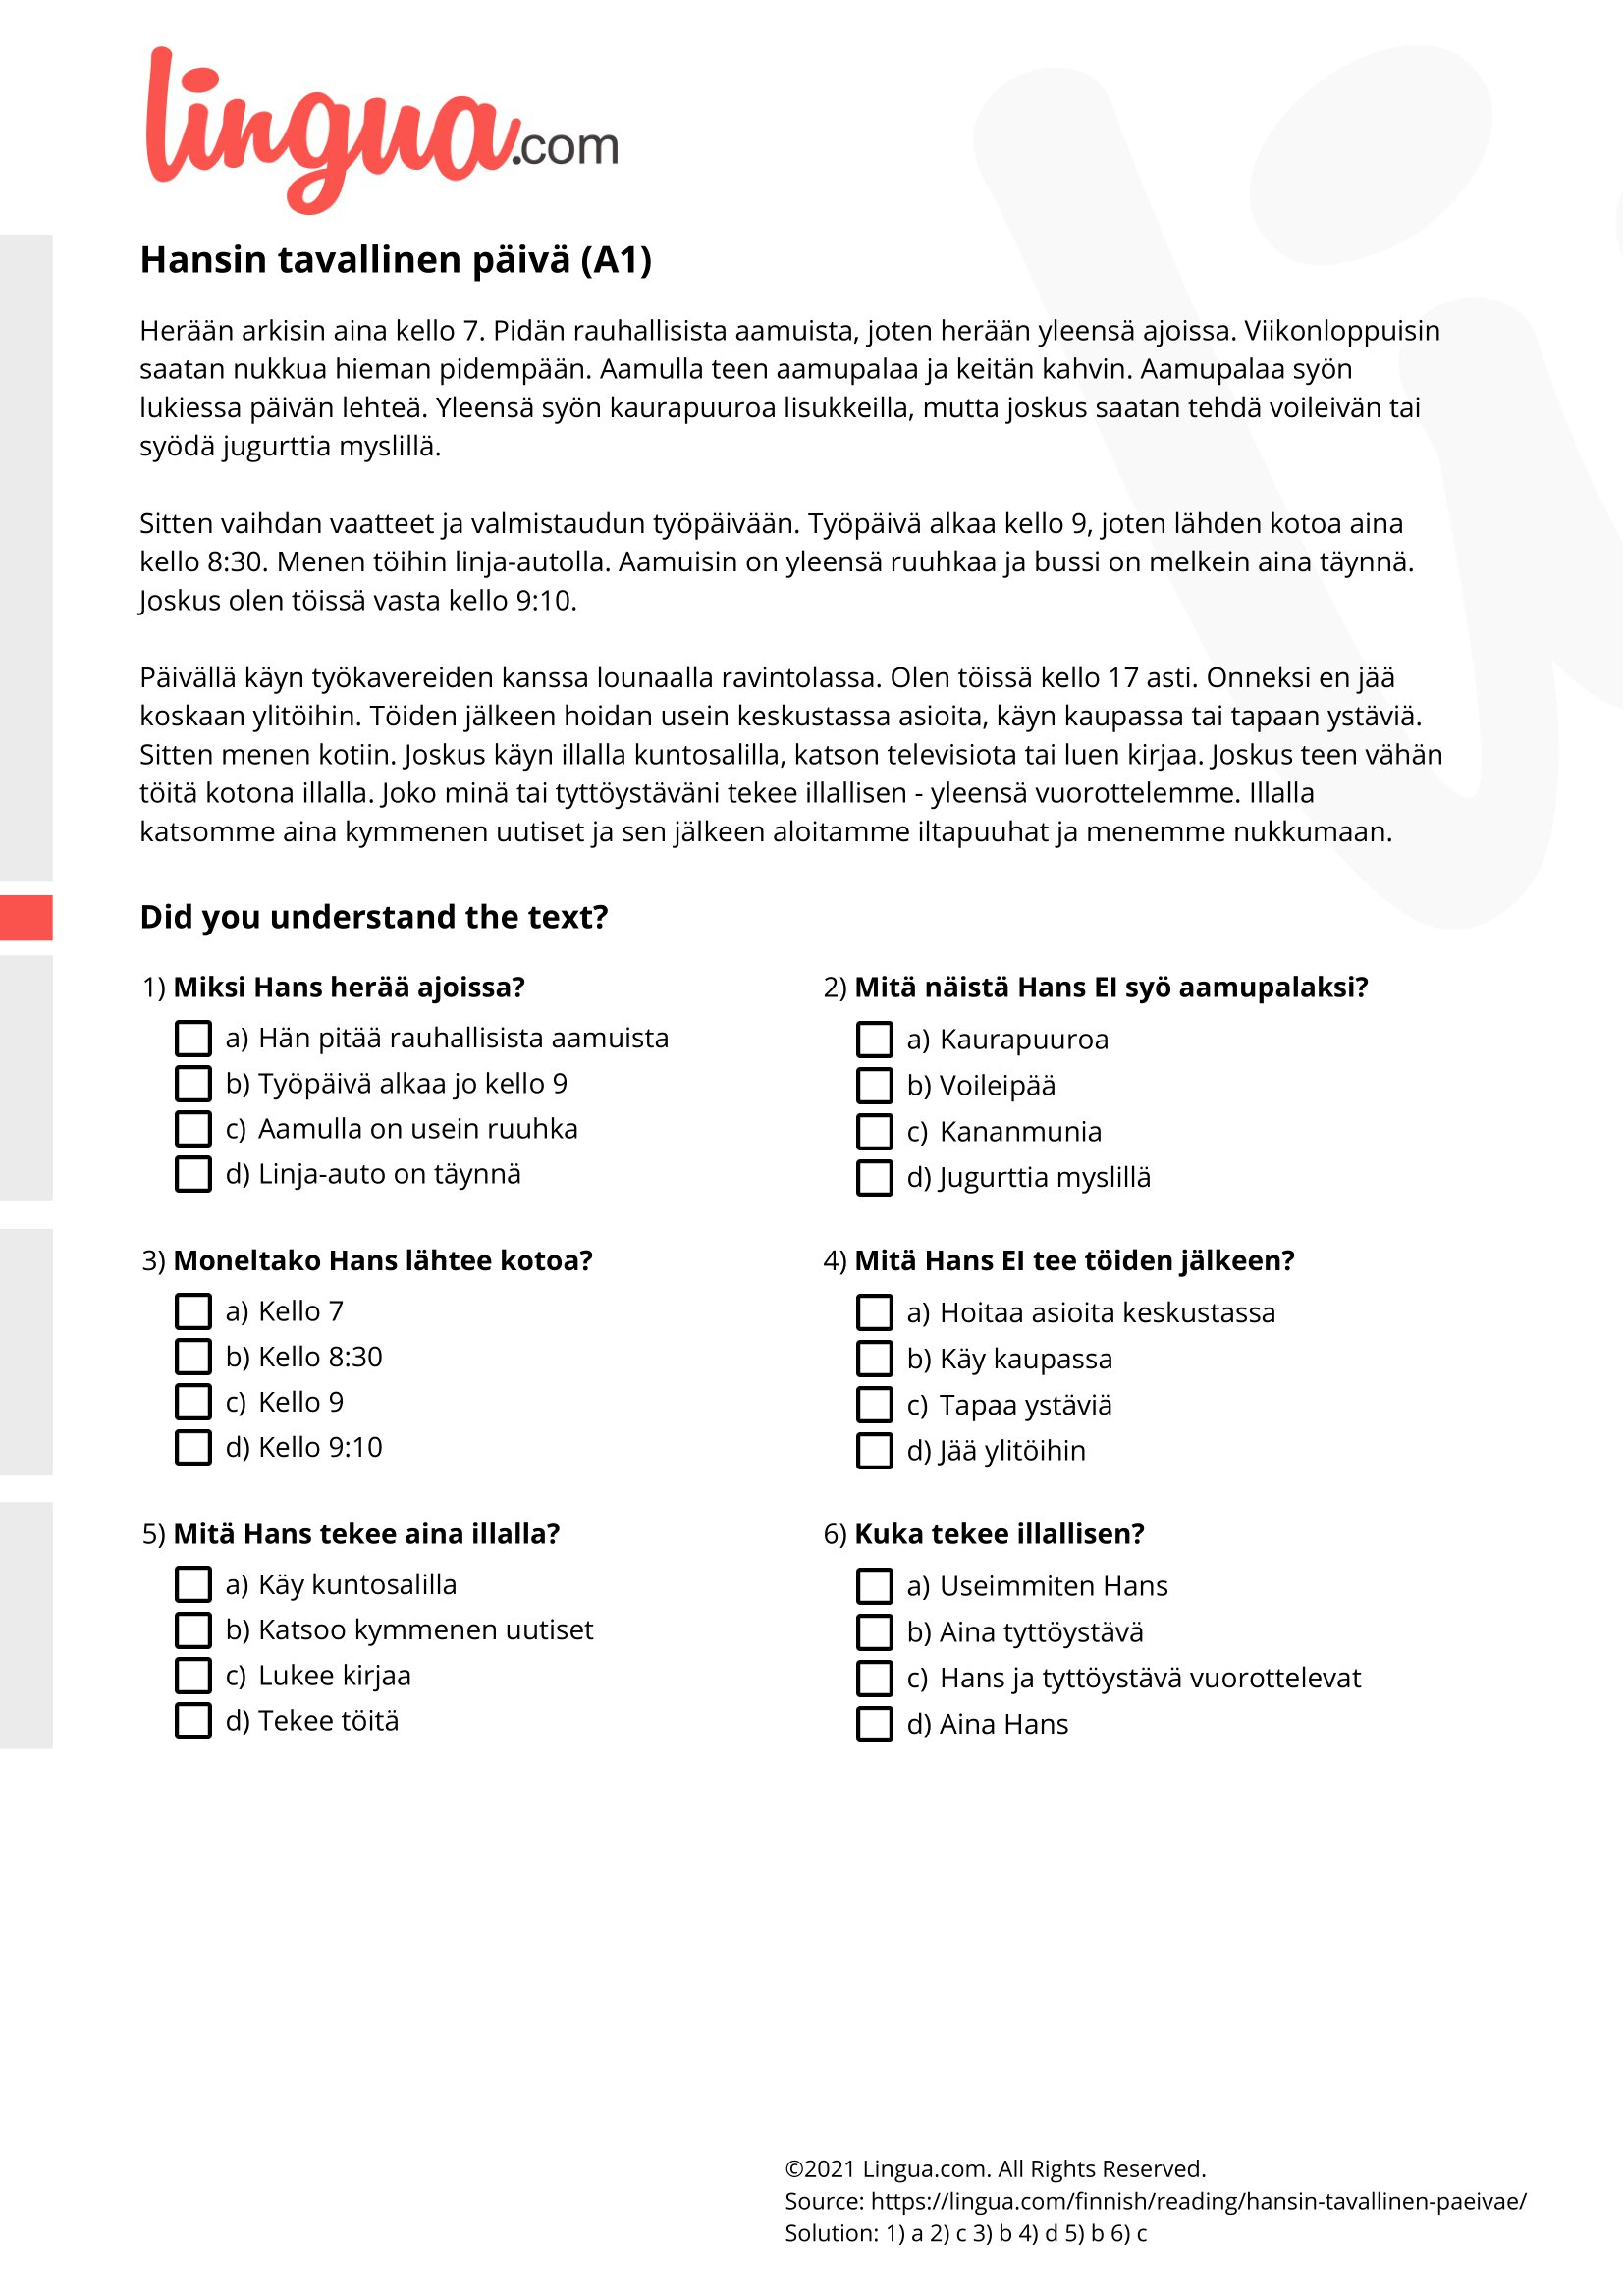
Language: fn